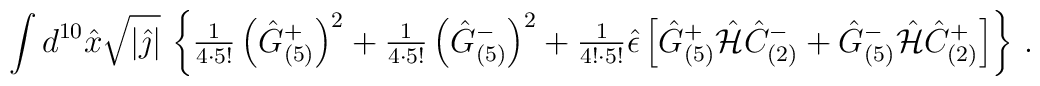
\int d^{10}\hat{x}\sqrt{|\hat{\jmath}|}\, \left\{{\textstyle\frac{1}{4\cdot 5!}}\left(\hat{G}^{+}_{(5)}\right)^{2}+{\textstyle\frac{1}{4\cdot 5!}}\left(\hat{G}^{-}_{(5)}\right)^{2}+{\textstyle\frac{1}{4!\cdot5!}}\hat{\epsilon}\left[\hat{G}^{+}_{(5)}\hat{\cal H}\hat{C}^{-}_{(2)}+\hat{G}^{-}_{(5)}\hat{\cal H}\hat{C}^{+}_{(2)}\right]\right\}\, .